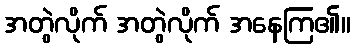
အတွဲလိုက် အတွဲလိုက် အနေကြ၏။